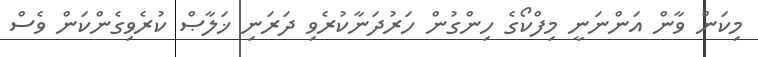
މިކަން ވާން އަންނަނީ މިފްކޯގެ ހިންގުން ހަރުދަނާކުރެވި ދަރަނި ޚަލާޞް ކުރެވިގެންކަން ވެސް